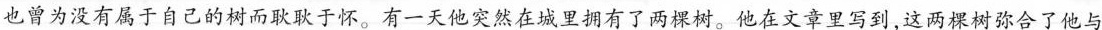
也曾为没有属于自己的树而耿耿于怀。有一天他突然在城里拥有了两棵树。他在文章里写到，这两棵树弥合了他与